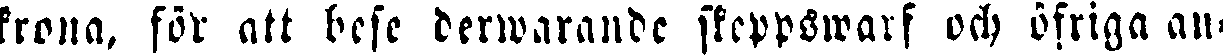
krona, för att bese derwarande skeppswarf och öfriga an-